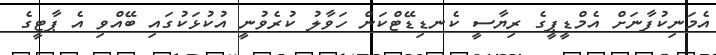
އެމަނިކުފާނަށް އެމްޑީޕީގެ ރިޔާސީ ކެނޑިޑޭޓްކަން ހަވާލު ކުރެވުނީ އުކުޅަކުގައި ބޭއްވި އެ ޕާޓީގެ